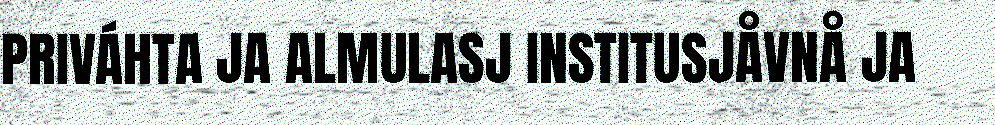
PRIVÁHTA JA ALMULASJ INSTITUSJÅVNÅ JA